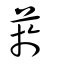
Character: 菸